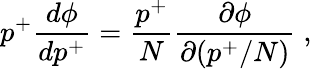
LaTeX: p^{+}\frac{d\phi}{dp^{+}}=\frac{p^{+}}{N}\frac{\partial\phi}{\partial(p^{+}/N)}\; ,